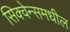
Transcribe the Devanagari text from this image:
सिक्वेन्समधील